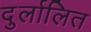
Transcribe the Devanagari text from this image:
दुर्लालित